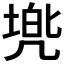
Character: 𫥢